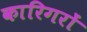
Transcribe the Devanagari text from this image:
कारिगरों